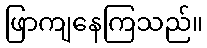
ဖြာကျနေကြသည်။